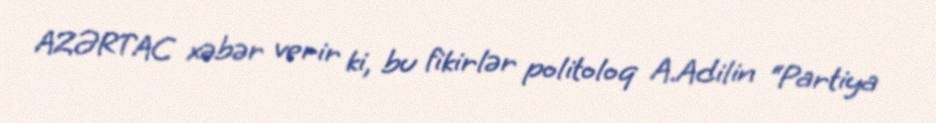
AZƏRTAC xəbər verir ki, bu fikirlər politoloq A.Adilin “Partiya